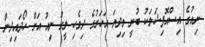
ނިއުގެ އިސްއޮފިޝަލަކު ބުނީ މިދިޔަ އަހަރުގެ ދިވެހި ލީގު ނިއު އަށް ހޯދައިދިން